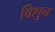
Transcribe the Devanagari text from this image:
बिशुन